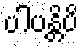
ပါပန္တိပိ